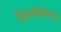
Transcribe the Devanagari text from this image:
पित्त्नलिकेमधून